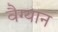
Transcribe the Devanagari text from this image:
वैग्यान